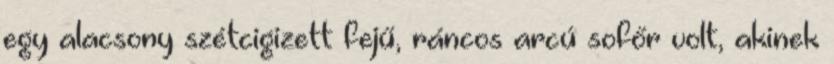
egy alacsony szétcigizett fejű, ráncos arcú sofőr volt, akinek